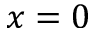
x = 0